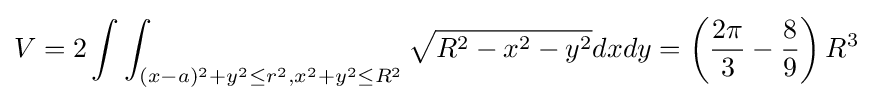
V=2\int \int _{(x-a)^{2}+y^{2}\leq r^{2},x^{2}+y^{2}\leq R^{2}}{\sqrt {R^{2}-x^{2}-y^{2}}}dxdy=\left({\frac {2\pi }{3}}-{\frac {8}{9}}\right)R^{3}